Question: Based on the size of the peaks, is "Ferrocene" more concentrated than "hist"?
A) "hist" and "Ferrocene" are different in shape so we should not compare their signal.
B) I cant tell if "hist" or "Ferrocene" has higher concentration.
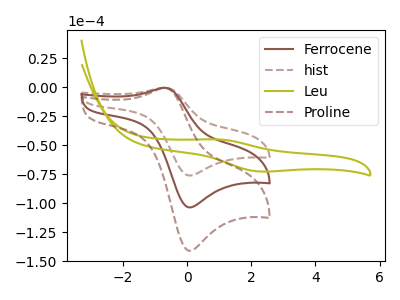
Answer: <think>The brown curve "Ferrocene" has an anodic peak at (-0.70V, -0.35uA) and a cathodic peak at (0.05V, -103.50uA). The brown dashed curve "hist" has an anodic peak at (-0.70V, -0.25uA) and a cathodic peak at (0.05V, -76.05uA). The olive curve "Leu" has an anodic peak at (0.95V, -44.85uA) and a cathodic peak at (2.25V, -72.55uA). The brown dashed curve "Proline" has an anodic peak at (-0.70V, -0.70uA) and a cathodic peak at (0.05V, -207.05uA).
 All the peaks in "hist" have a peak in "Ferrocene" at the same potential.</think>
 <answer>B) I cant tell if "hist" or "Ferrocene" has higher concentration.</answer>
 <eval>B</eval>